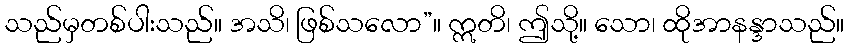
သည်မှတစ်ပါးသည်။ အသိ၊ ဖြစ်သလော”။ ဣတိ၊ ဤသို့။ သော၊ ထိုအာနန္ဒာသည်။